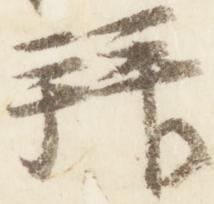
拝